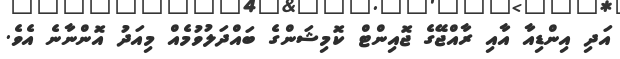
އަދި އިންޑިއާ އާއި ރާއްޖޭގެ ޖޮއިންޓް ކޮމިޝަންގެ ބައްދަލުވުމެއް މިއަދު އޮންނާނެ އެވެ.